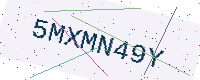
Text: 5MXMN49Y